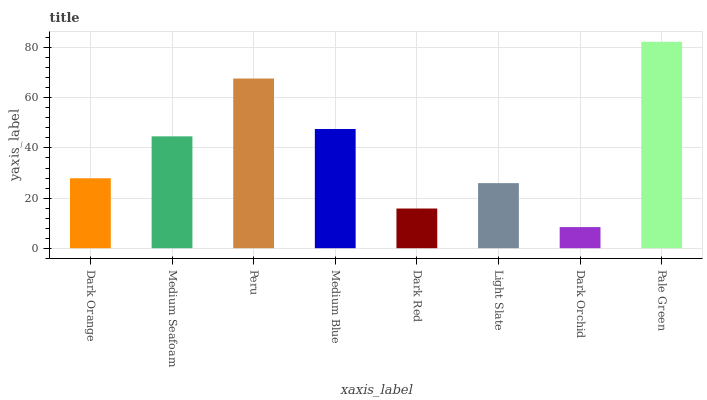
| xaxis_label | bars |
 | --- | --- |
 | Dark Orange | 27.9 |
 | Medium Seafoam | 44.6 |
 | Peru | 67.7 |
 | Medium Blue | 47.6 |
 | Dark Red | 15.8 |
 | Light Slate | 26 |
 | Dark Orchid | 8.43 |
 | Pale Green | 82.4 |